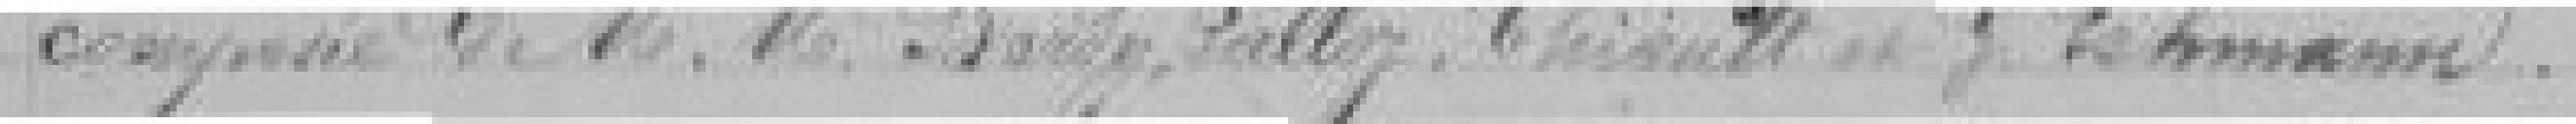
composée de Messieurs BARDY, LALLOZ, THIAULT et G. LEHMANN.